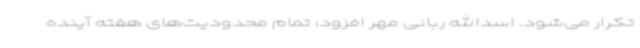
تکرار می‌شود. اسدالله ربانی مهر افزود: تمام محدودیت‌های هفته آینده